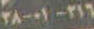
٢١٦-٠١-٢٨